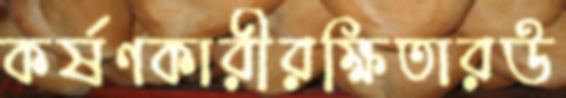
কর্ষণকারীরক্ষিতারউ